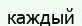
каждый